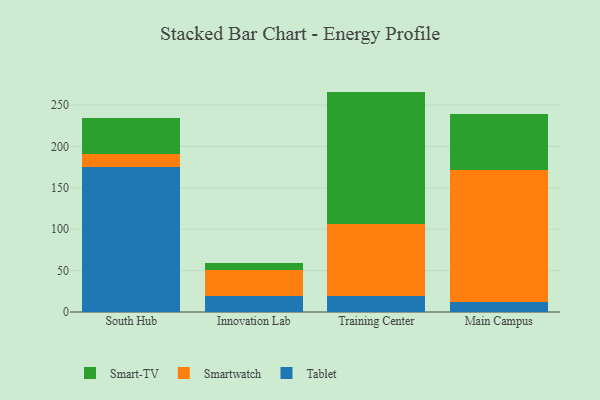
{"axis": {"x": "Campus", "y": "Latency (ms)"}, "legend": ["Smart-TV", "Smartwatch", "Tablet"], "data": [{"x": "South Hub", "y": 174.6, "type": "Tablet"}, {"x": "South Hub", "y": 16.2, "type": "Smartwatch"}, {"x": "South Hub", "y": 43.1, "type": "Smart-TV"}, {"x": "Innovation Lab", "y": 19.9, "type": "Tablet"}, {"x": "Innovation Lab", "y": 31.3, "type": "Smartwatch"}, {"x": "Innovation Lab", "y": 7.6, "type": "Smart-TV"}, {"x": "Training Center", "y": 19.3, "type": "Tablet"}, {"x": "Training Center", "y": 86.7, "type": "Smartwatch"}, {"x": "Training Center", "y": 160.3, "type": "Smart-TV"}, {"x": "Main Campus", "y": 12.6, "type": "Tablet"}, {"x": "Main Campus", "y": 159.2, "type": "Smartwatch"}, {"x": "Main Campus", "y": 67.5, "type": "Smart-TV"}]}